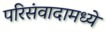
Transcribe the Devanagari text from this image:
परिसंवादामध्ये